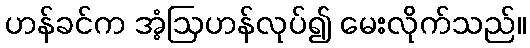
ဟန်ခင်က အံ့ဩဟန်လုပ်၍ မေးလိုက်သည်။